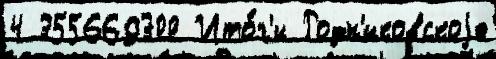
4 355669300 Ито́г'и Родн'иковскоjе